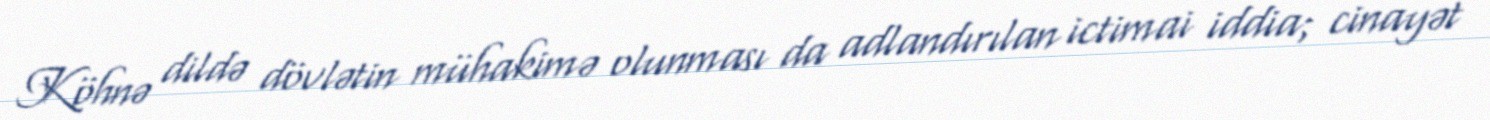
Köhnə dildə dövlətin mühakimə olunması da adlandırılan ictimai iddia; cinayət